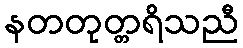
နတတုတ္တရိသညီ